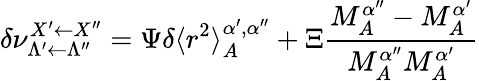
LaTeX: \delta\nu_{\Lambda^{\prime}\leftarrow\Lambda^{\prime\prime}}^{X^{\prime}\leftarrow X^{\prime\prime}}=\Psi\delta\langle r^{2}\rangle_{A}^{\alpha^{\prime},\alpha^{\prime\prime}}+\Xi\frac{M_{A}^{\alpha^{\prime\prime}}-M_{A}^{\alpha^{\prime}}}{M_{A}^{\alpha^{\prime\prime}}M_{A}^{\alpha^{\prime}}}